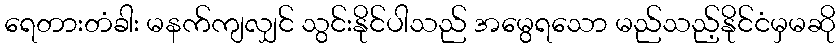
ရေတားတံခါး မနက်ကျလျှင် သွင်းနိုင်ပါသည် အမွေရသော မည်သည့်နိုင်ငံမှမဆို